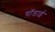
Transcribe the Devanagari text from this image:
चॉडाई